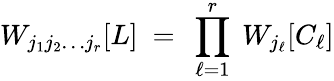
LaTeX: W_{j_{1}j_{2}\ldots j_{r}}[L]\ =\ \prod_{\ell=1}^{r}\ W_{j_{\ell}}[C_{\ell}]